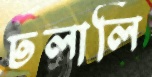
ঢলালি